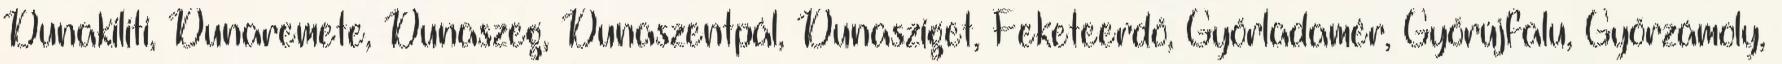
Dunakiliti, Dunaremete, Dunaszeg, Dunaszentpál, Dunasziget, Feketeerdő, Győrladamér, Győrújfalu, Győrzámoly,